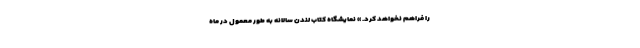
را فراهم نخواهد کرد. » نمایشگاه کتاب لندن سالانه به طور معمول در ماه